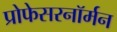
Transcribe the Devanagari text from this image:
प्रोफेसरनॉर्मन